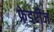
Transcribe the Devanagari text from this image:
फ्रेडरीज